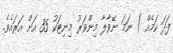
ފަދަ ކަމެއް ) ނަމަ ނޭވާލާ މިންވަރު މިނިޓަކު 35 އަށް އަރައެވެ.